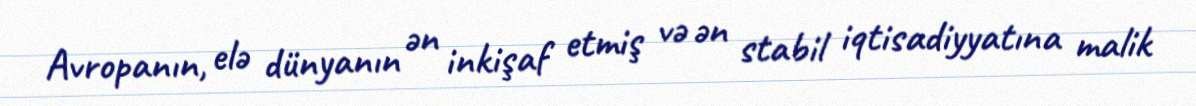
Avropanın, elə dünyanın ən inkişaf etmiş və ən stabil iqtisadiyyatına malik